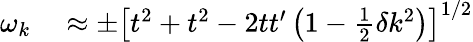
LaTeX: \begin{array}{rl}{\omega_{k}}&{{}\approx\pm\left[t^{2}+t^{2}-2tt^{\prime}\left(1-\frac{1}{2}\delta k^{2}\right)\right]^{1/2}}\end{array}